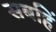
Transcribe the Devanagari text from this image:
सबहिं